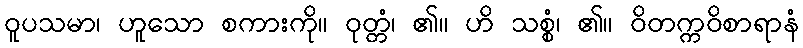
ဝူပသမာ၊ ဟူသော စကားကို။ ဝုတ္တံ၊ ၏။ ဟိ သစ္စံ၊ ၏။ ဝိတက္ကဝိစာရာနံ